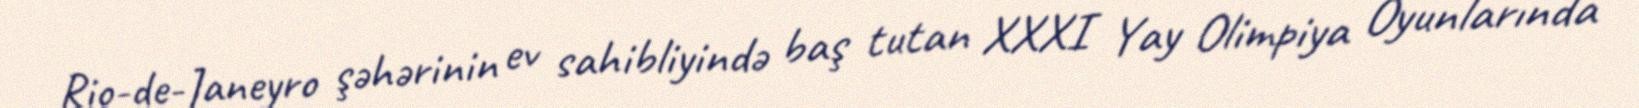
Rio-de-Janeyro şəhərinin ev sahibliyində baş tutan XXXI Yay Olimpiya Oyunlarında